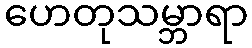
ဟေတုသမ္ဘာရာ